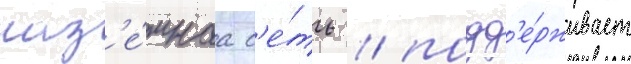
наз'е́мнаа с'е́ть / подд'е́рживает